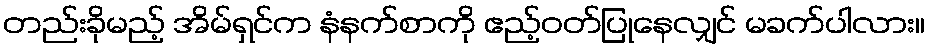
တည်းခိုမည့် အိမ်ရှင်က နံနက်စာကို ဧည့်ဝတ်ပြုနေလျှင် မခက်ပါလား။